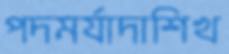
পদমর্যাদাশিখ